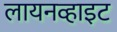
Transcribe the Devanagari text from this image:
लायनव्हाइट